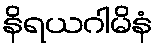
နိရယဂါမိနံ